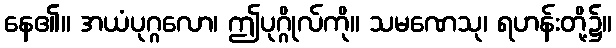
နေ၏။ အယံပုဂ္ဂလော၊ ဤပုဂ္ဂိုလ်ကို။ သမဏေသု၊ ရဟန်းတို့၌။